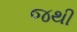
જથી